King Institute of Preventive Medicine Micro-Biological Section reports 1912-19
Year: 1912
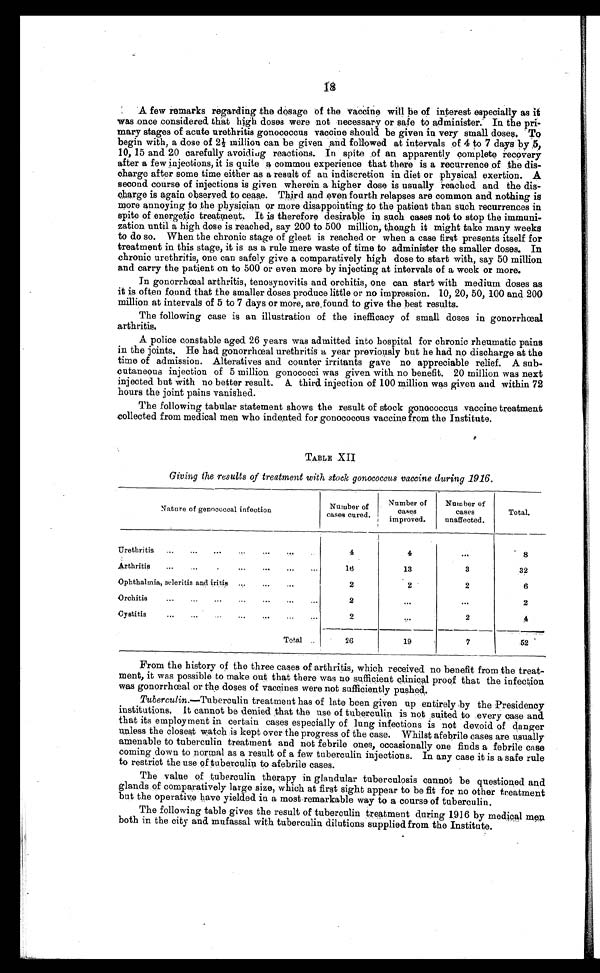
18
A few remarks regarding the dosage of the vaccine will be of interest especially as it
was once considered that high doses were not necessary or safe to administer. In the pri
-
mary stages of acute urethritis gonococcus vaccine should be given in very small doses. To
begin with, a dose of 2½ million can be given and followed at intervals of 4 to 7 days by
5 ,
10, 15 and 20 carefully avoididg reactions. In spite of an apparently complete recovery
after a few injections, it is quite a common experience that there is a recurrence of the dis
-
charge after some time either as a result of an indiscretion in diet or physical exertion. A
second course of injections is given wherein a higher dose is usually reached and the dis
-charge is again observed to cease. Third and even fourth relapses are common and nothing is
more annoying to the physician or more disappointing to the patient than such recurrences in
spite of energetic treatment. It is therefore desirable in such cases not to stop the immuni
-
zation until a high dose is reached, say 200 to 500 million, though it might take many weeks
to do so. When the chronic stage of gleet is reached or when a case first presents itself for
treatment in this stage, it is as a rule mere waste of time to administer the smaller doses. In
chronic urethritis, one can safely give a comparatively high dose to start with, say 50 million
and carry the patient on to 500 or even more by injecting at intervals of a week or more.
In gonorrhœal arthritis, tenosynovitis and orchitis, one can start with medium doses as
it is often found that the smaller doses produce little or no impression 10, 20, 50, 100 and 200
million at intervals of 5 to 7 days or more, are found to give the best results.
The following case is an illustration of the inefficacy of small doses in gonorrhœal
arthritis.
A police constable aged 26 years was admitted into hospital for chronic rheumatic pains
in the joints. He had gonorrhœal urethritis a year previously but he had no discharge at the
time of admission. Alteratives and counter irritants gave no appreciable relief. A sub
-
cutaneous injection of 5 million gonococci was given with no benefit. 20 million was next
injected but with no better result. A third injection of 100 million was given and within 72
hours the joint pains vanished.
The following tabular statement shows the result of stock gonococcus vaccine treatment
collected from medical men who indented for gonococcus vaccine from the Institute.
TABLE XII
Giving the results of treatment with stock gonococcus vaccine during 1916.
Nature of genococcal infection
Number of
cases cured.
Number of
cases
improved.
Number of
cases
unaffected.
Total.
Urethritis . . .
4
4
. . .
8
Arthritis . . .
1 6
13
3
32
Ophthalmia, seleritis and iritis . . .
2
2
2
6
Orchitis . . .
2
. . .
. . .
2
C y s t i t i s . . .
2
. . .
2
4
Tot al . . .
26
19
7
52
From the history of the three cases of arthritis, which received no benefit from the treat
-
ment, it was possible to make out that there was no sufficient clinical proof that the infection
was gonorrhœal or the doses of vaccines were not sufficiently pushed.
Tuberculin .—Tuberculin treatment has of late been given up entirely by the Presidency
institutions. It cannot be denied that the use of tuberculin is not suited to every case and
that its employment in certain cases especially of lung infections is not devoid of danger
unless the closest watch is kept over the progress of the case. Whilst afebrile cases are usually
amenable to tuberculin treatment and not febrile ones, occasionally one finds a febrile case
coming down to normal as a result of a few tuberculin injections. In any case it is a safe rule
to restrict the use of tuberculin to afebrile cases.
The value of tuberculin therapy in glandular tuberculosis cannot be questioned and
glands of comparatively large size, which at first sight appear to be fit for no other treatment
but the operative have yielded in a most remarkable way to a course of tuberculin.
The following table gives the result of tuberculin treatment during 1916 by medical men
both in the city and mufassal with tuberculin dilutions supplied from the Institute.